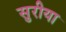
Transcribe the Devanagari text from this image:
सुरीया